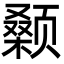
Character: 颡